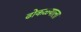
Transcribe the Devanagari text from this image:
ढोकळ्याला